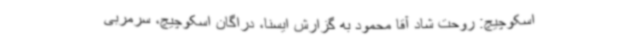
اسکوچیچ: روحت شاد آقا محمود به گزارش ایسنا، دراگان اسکوچیچ، سرمربی